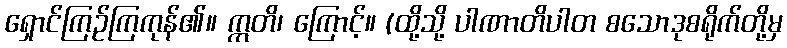
ရှောင်ကြဉ်ကြကုန်၏။ ဣတိ၊ ကြောင့်။ (ထို့သို့ ပါဏာတိပါတ စသောဒုစရိုက်တို့မှ